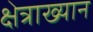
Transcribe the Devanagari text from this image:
क्षेत्राख्यान